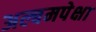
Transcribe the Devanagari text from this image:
अल्बमपेक्षा